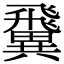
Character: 𩙺